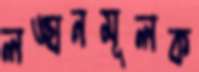
লঙ্ঘনমূলক